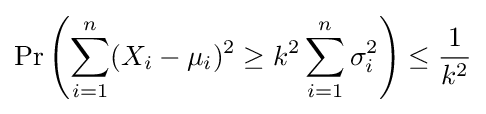
\Pr \left(\sum _{i=1}^{n}(X_{i}-\mu _{i})^{2}\geq k^{2}\sum _{i=1}^{n}\sigma _{i}^{2}\right)\leq {\frac {1}{k^{2}}}